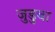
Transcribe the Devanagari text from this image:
जुडुवा